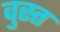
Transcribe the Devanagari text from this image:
वुस्त